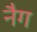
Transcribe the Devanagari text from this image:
नैग